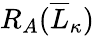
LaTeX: R_{A}(\overline{L}_{\kappa})